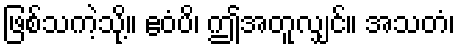
ဖြစ်သကဲ့သို့။ ဧဝံပိ၊ ဤအတူလျှင်။ အသတံ၊